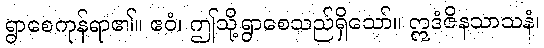
ရွာစေကုန်ရာ၏။ ဧဝံ၊ ဤသို့ရွာစေသည်ရှိသော်။ ဣဒံဇိနသာသနံ၊